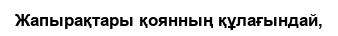
Жапырақтары қоянның құлағындай,